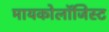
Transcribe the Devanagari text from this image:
मायकोलॉजिस्ट